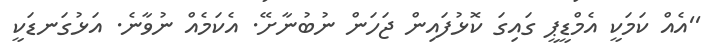
''އެއް ކަމަކީ އެމްޑީޕީ ގައިގަ ކޮޅުފައިން ޖަހަން ނުބުނާށޭ. އެކަމެއް ނުވާނެ. އަޅުގަނޑަކީ